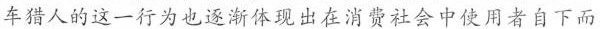
车猎人的这一行为也逐渐体现出在消费社会中使用者自下而